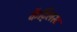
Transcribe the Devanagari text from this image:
कैट्लिस्ट